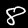
Digit: 8